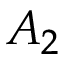
A _ { 2 }